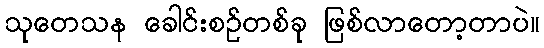
သုတေသန ခေါင်းစဉ်တစ်ခု ဖြစ်လာတော့တာပဲ။